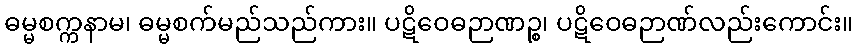
ဓမ္မစက္ကနာမ၊ ဓမ္မစက်မည်သည်ကား။ ပဋိဝေဓဉာဏဉ္စ၊ ပဋိဝေဓဉာဏ်လည်းကောင်း။